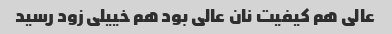
عالی هم کیفیت نان عالی بود هم خییلی زود رسید